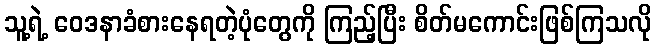
သူ့ရဲ့ ဝေဒနာခံစားနေရတဲ့ပုံတွေကို ကြည့်ပြီး စိတ်မကောင်းဖြစ်ကြသလို